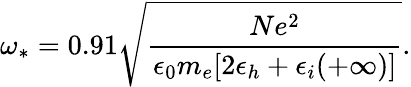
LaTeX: \omega_{*}=0.91\sqrt{\frac{Ne^{2}}{\epsilon_{0}m_{e}[2\epsilon_{h}+\epsilon_{i}(+\infty)]}}.